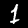
Digit: 1